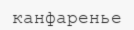
канфаренье